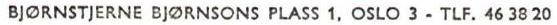
BJØRNSTJERNE BJØRNSONS PLASS 1, OSLO 3-TLF. 46 38 20